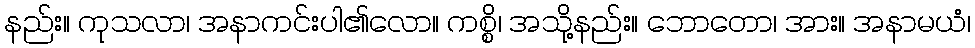
နည်း။ ကုသလာ၊ အနာကင်းပါ၏လော။ ကစ္စိ၊ အသို့နည်း။ ဘောတော၊ အား။ အနာမယံ၊